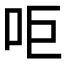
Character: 𠰠